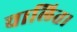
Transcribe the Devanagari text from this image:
चालित।